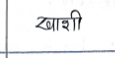
मजकूर: खाशी